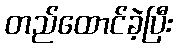
တည်ထောင်ခဲ့ပြီး